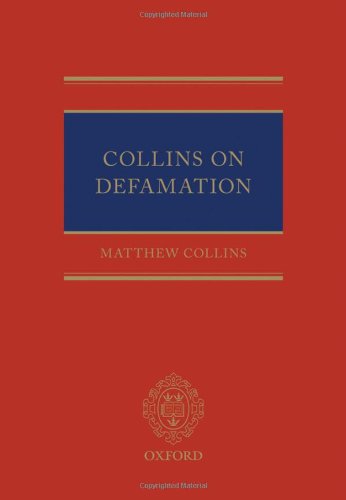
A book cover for Collins On Defamation; Matthew Collins; Law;